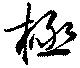
極